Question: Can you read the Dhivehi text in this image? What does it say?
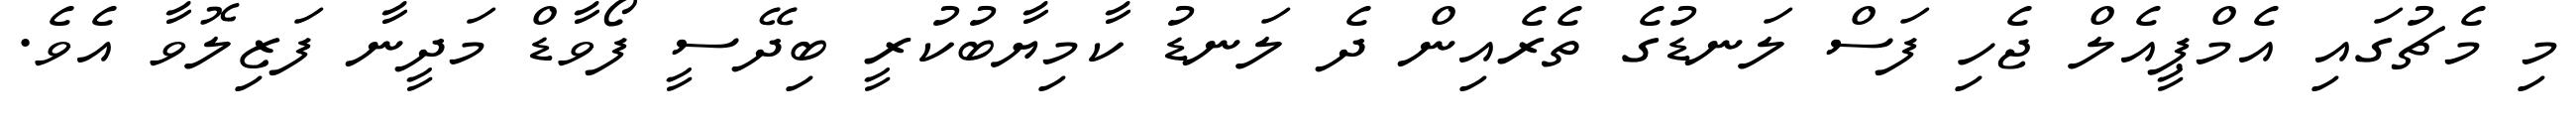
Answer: މި މެޗުގައި އެމްޕީއެލް ޖެހި ފަސް ލަނޑުގެ ތެރެއިން ދެ ލަނޑު ކާމިޔާބުކުރީ ބިދޭސީ ފޯވާޑް މަދީނާ ފަޒިލޮވާ އެވެ.